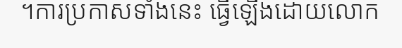
។ការប្រកាសទាំងនេះ ធ្វើឡើងដោយលោក